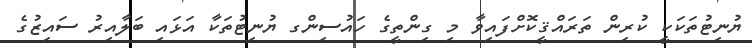
ޔުނިޓުތަކަކީ ކުރިން ތަރައްޤީކޮށްފައިވާ މި ގިންތީގެ ހައުސިންގ ޔުނިޓުތަކާ އަޅައި ބަލާއިރު ސައިޒުގެ